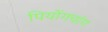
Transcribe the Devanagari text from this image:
पियोंगचांग